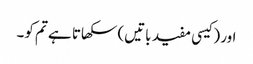
اور (کیسی مفید باتیں) سکھاتا ہے تم کو۔